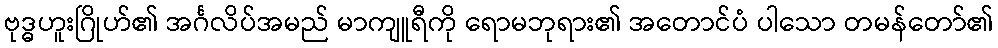
ဗုဒ္ဓဟူးဂြိုဟ်၏ အင်္ဂလိပ်အမည် မာကျူရီကို ရောမဘုရား၏ အတောင်ပံ ပါသော တမန်တော်၏